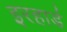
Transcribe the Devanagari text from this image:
इरहार्ड